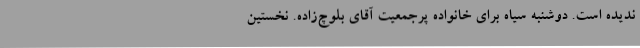
ندیده است. دوشنبه سیاه برای خانواده پرجمعیت آقای بلوچ‌زاده. نخستین